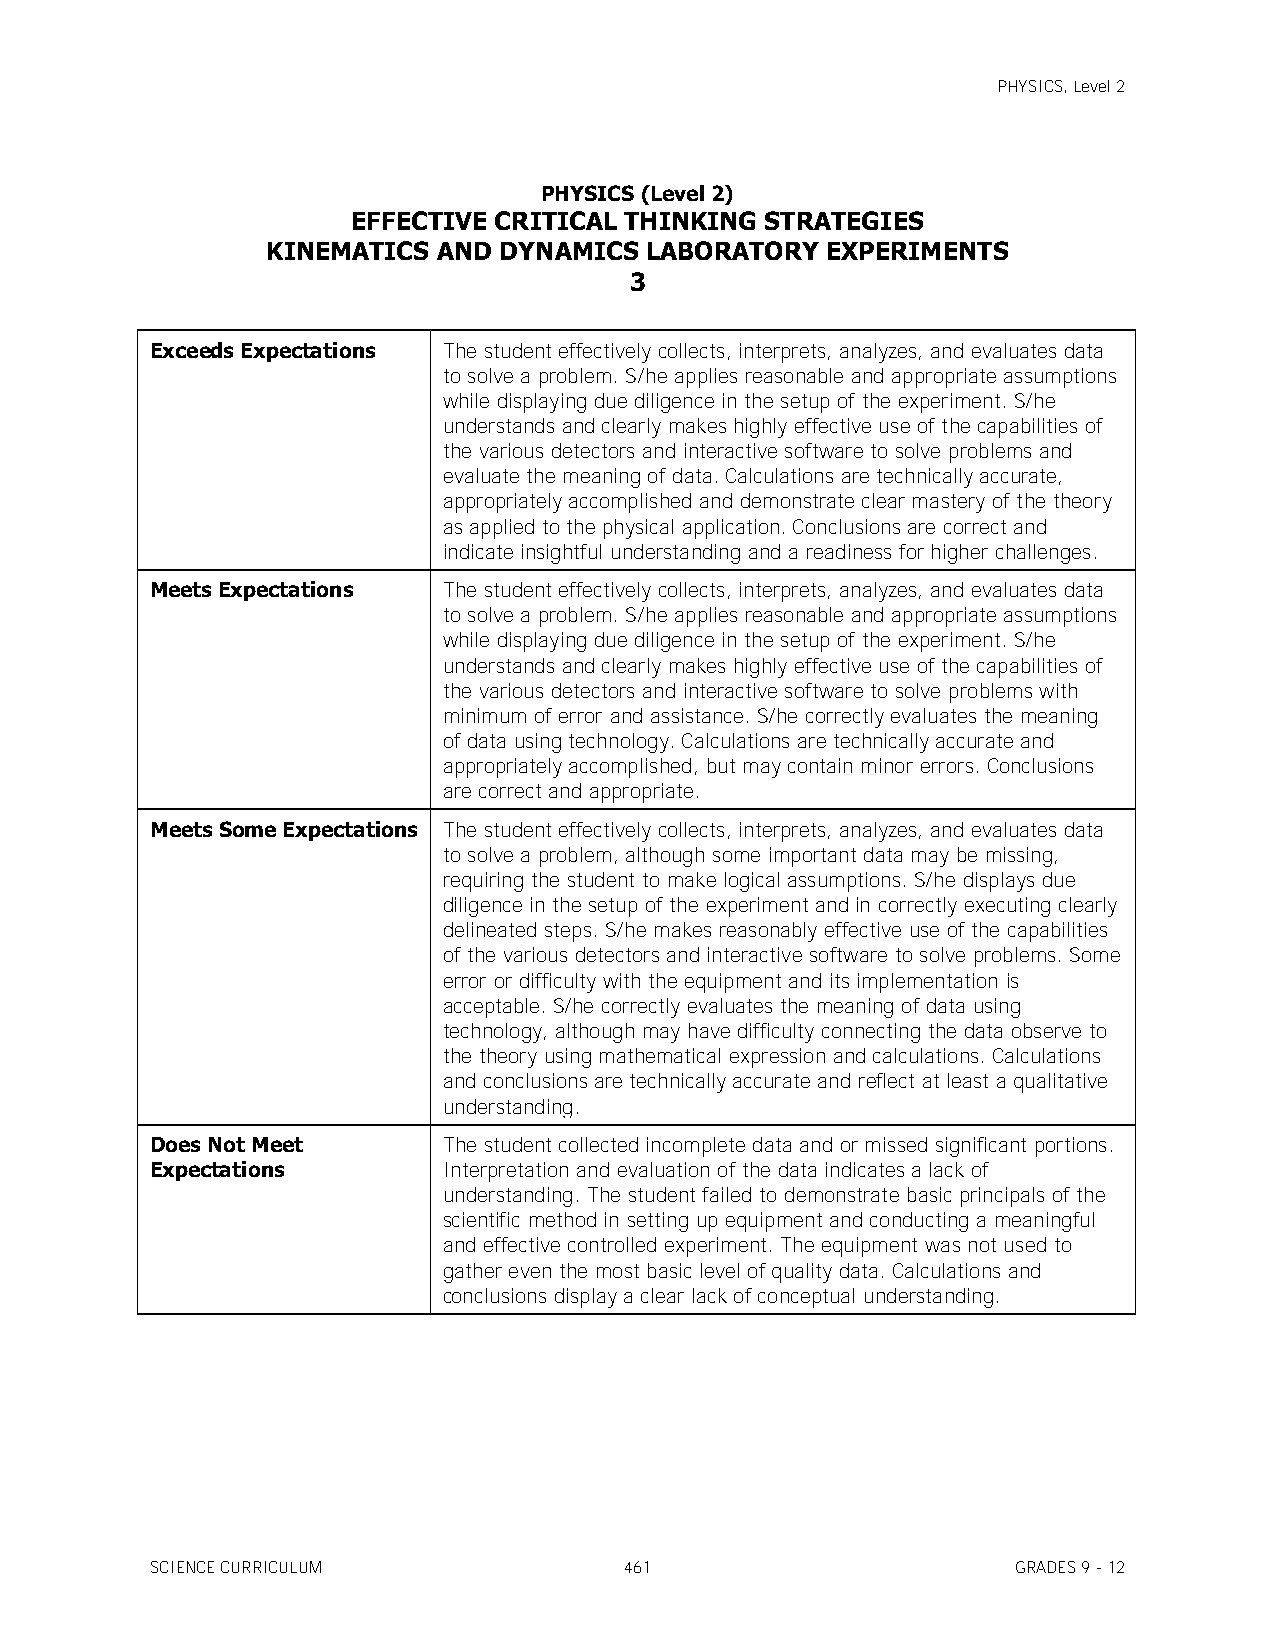
PHYSICS, Level 2
 PHYSICS (Level 2)
 EFFECTIVE CRITICAL THINKING STRATEGIES
 KINEMATICS AND DYNAMICS  LABORATORY  EXPERIMENTS
 3
 Exceeds Expectations The student effectively collects, interprets, analyzes, and evaluates data
 to solve a problem. S/he applies reasonable and appropriate assumptions
 while displaying due diligence in the setup of the experiment. S/he
 understands and clearly makes highly effective use of the capabilities of
 the various detectors and interactive software to solve problems and
 evaluate the meaning of data. Calculations are technically accurate,
 appropriately accomplished and demonstrate clear mastery of the theory
 as applied to the physical application. Conclusions are correct and
 indicate insightful understanding and a readiness for higher challenges.
 Meets Expectations The student effectively collects, interprets, analyzes, and evaluates data
 to solve a problem. S/he applies reasonable and appropriate assumptions
 while displaying due diligence in the setup of the experiment. S/he
 understands and clearly makes highly effective use of the capabilities of
 the various detectors and interactive software to solve problems with
 minimum of error and assistance. S/he correctly evaluates the meaning
 of data using technology. Calculations are technically accurate and
 appropriately accomplished, but may contain minor errors. Conclusions
 are correct and appropriate.
 Meets Some Expectations The student effectively collects, interprets, analyzes, and evaluates data
 to solve a problem, although some important data may be missing,
 requiring the student to make logical assumptions. S/he displays due
 diligence in the setup of the experiment and in correctly executing clearly
 delineated steps. S/he makes reasonably effective use of the capabilities
 of the various detectors and interactive software to solve problems. Some
 error or difficulty with the equipment and its implementation is
 acceptable. S/he correctly evaluates the meaning of data using
 technology, although may have difficulty connecting the data observe to
 the theory using mathematical expression and calculations. Calculations
 and conclusions are technically accurate and reflect at least a qualitative
 understanding.
 Does Not Meet      The student collected incomplete data and or missed significant portions.
 Expectations       Interpretation and evaluation of the data indicates a lack of
 understanding. The student failed to demonstrate basic principals of the
 scientific method in setting up equipment and conducting a meaningful
 and effective controlled experiment. The equipment was not used to
 gather even the most basic level of quality data. Calculations and
 conclusions display a clear lack of conceptual understanding.
 SCIENCE CURRICULUM             461                       GRADES 9 - 12